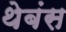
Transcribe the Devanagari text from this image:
थेबंस